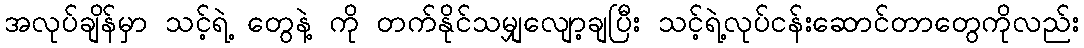
အလုပ်ချိန်မှာ သင့်ရဲ့ တွေနဲ့ ကို တက်နိုင်သမျှလျော့ချပြီး သင့်ရဲ့လုပ်ငန်းဆောင်တာတွေကိုလည်း